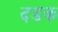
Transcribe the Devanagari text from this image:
दडक